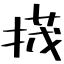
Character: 𢰝